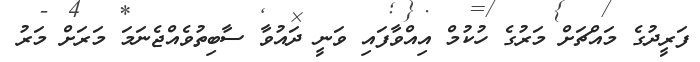
ފަރީދުގެ މައްޗަށް މަރުގެ ހުކުމް އިއްވާފައި ވަނީ ދައުވާ ސާބިތުވެއްޖެނަމަ މަރަށް މަރު